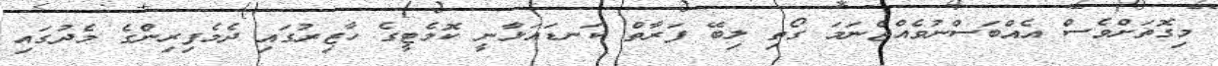
މިގޮތަށްވެސް އެއްބަސްނުވެއްޖެނަމަ ގޯތި ލިބޭ ފަރާތް ކަނޑައަޅާނީ ކޮމެޓީގެ ހާޒިރުގައި ދެމެފިރިންގެ މެދުގައި